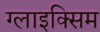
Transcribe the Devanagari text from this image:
ग्लाइक्सिम